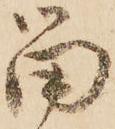
留